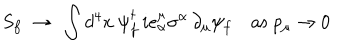
LaTeX: S _ { f } ~ \rightarrow ~ \int d ^ { 4 } x ~ \psi _ { f } ^ { \dagger } \, i e _ { \alpha } ^ { \mu } \sigma ^ { \alpha } \, \partial _ { \mu } \psi _ { f } \quad \mathrm { a s } \; p _ { \mu } \rightarrow 0